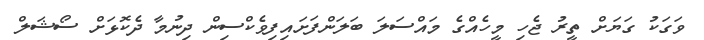
ވަގަކު ގަޔަށް ތީރު ޖެހި މީހެއްގެ މައްސަލަ ބަލަންފަށައިފިވެކްސިން ދިނުމާ ދެކޮޅަށް ސޯޝަލް